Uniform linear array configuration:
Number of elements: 48
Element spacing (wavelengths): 0.5
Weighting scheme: uniform
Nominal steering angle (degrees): -30
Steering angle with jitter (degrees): -28.691
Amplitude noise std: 0.05
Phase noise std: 0.05

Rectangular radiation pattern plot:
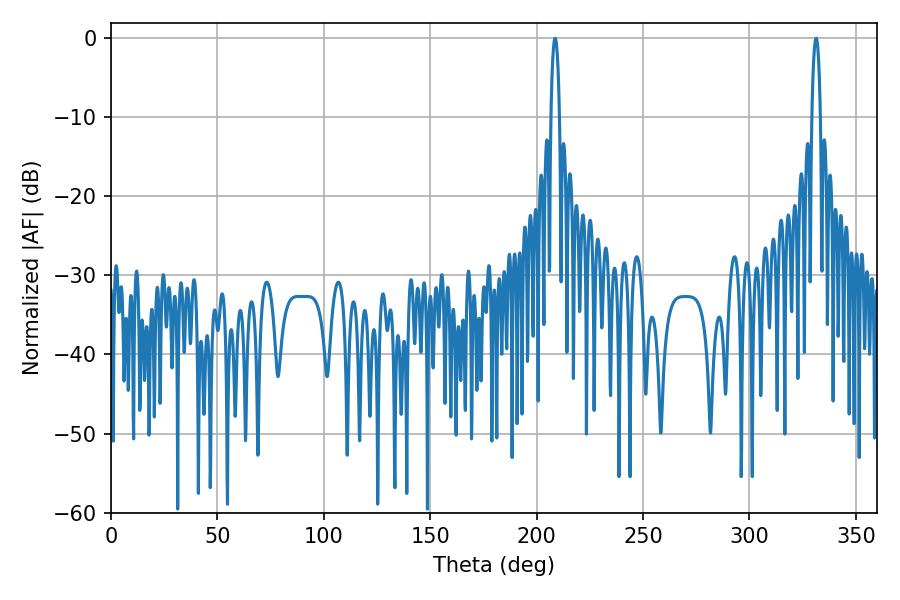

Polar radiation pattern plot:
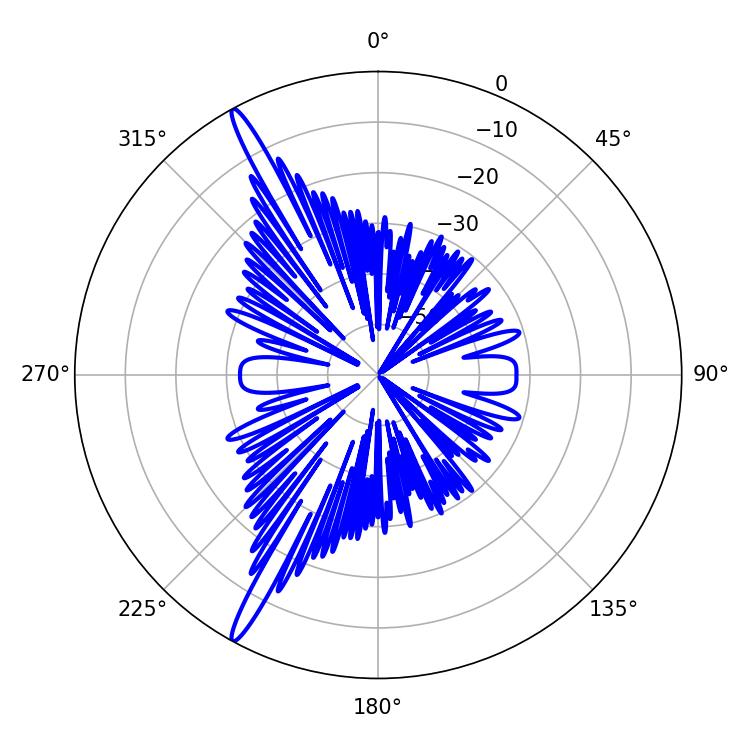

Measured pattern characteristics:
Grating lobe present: FALSE
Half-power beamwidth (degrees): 2.34
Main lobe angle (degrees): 331.38